Supplement to the account of plague administration in the Bombay Presidency from September 1896 till May 1897
Year: 1896
Disease focus: Plague
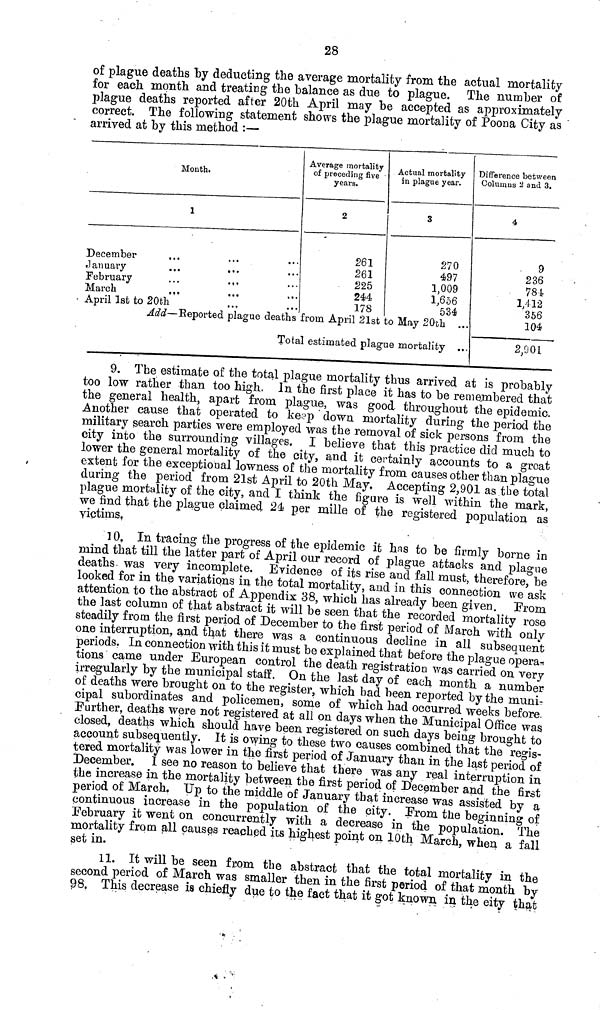
28
of plague deaths by deducting the average mortality from the actual mortality
for each month and treating the balance as due to plague. The number of
plague deaths reported after 20th April may be accepted as approximately
correct. The following statement shows the plague mortality of Poona City as
arrived at by this method :—
Mouth.
December
January
February
March
April 1st to 20t
1
...
...
...
...
...
...
..·
...
...
...
...
Average mortality
of preceding five ·
years.
2
261
261
225
244
178
Actual mortality
in plague year.
3
270
497
1,009
1,656
534
Add — Reported plague deaths from April 21st to May 20-th ...
Total estimated plague mortality ...
Difference between
Columns 2 and 3.
4
9
236
784
1,412
356
104
2,901
9. The estimate of the total plague mortality thus arrived at is probably
too low rather than too high. In the first place it has to be remembered that
the general health, apart from plague, was good throughout the epidemic.
Another cause that operated to keep down mortality during the period the
military search parties were employed was the removal of sick persons from the
city into the surrounding villages. I believe that this practice did much to
lower the general mortality of the city, and it certainly accounts to a great
extent for the exceptional lowness of the mortality from causes other than plague
during the period from 21st April to 20th May. Accepting 2,901 as the total
plague mortality of the city, and I think the figure is well within the mark,
we find that the plague claimed 24 per mille of the registered population as
victims.
10. In tracing the progress of the epidemic it has to be firmly borne in
mind that till the latter part of April our record of plague attacks and plague
deaths was very incomplete. Evidence of its rise and fall must, therefore, be
looked for in the variations in the total mortality, and in this connection we ask
attention to the abstract of Appendix 38, which has already been given. From
the last column of that abstract it will be seen that the recorded mortality rose
steadily from the first period of December to the first period of March with only
one interruption, and that there was a continuous decline in all subsequent
periods. In connection with this it must be explained that before the plague opera-
tions came under European control the death registration was carried on very
irregularly by the municipal staff. On the last day of each month a number
of deaths were brought on to the register, which bad been reported by the munir
cipal subordinates and policemen, some of which had occurred weeks before.
Further, deaths were not registered at all on days when the Municipal Office was
closed, deaths which should have been registered on such days being brought to
account subsequently. It is owing to these two causes combined that the regis-
tered mortality was lower in the first period of January than in the last period of
December. I see no reason to believe that there was any real interruption in
the increase in the mortality between the first period of December and the first
period of March. Up to the middle of January that increase was assisted by a
continuous increase in the population of the city. Prom the beginning of
February it went on concurrently with a decrease in the population. The
mortality from all causes reached its highest point on 10th March, when a fall
set in.
11. It will be seen from the abstract that the total mortality in the
second period of March was smaller then in the first period of that month by
98. This decrease is chiefly due to the fact that it got known in the eity that